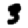
Digit: 3